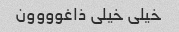
خیلی خیلی ذاغوووون